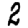
Digit: 2